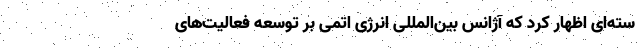
سته‌ای اظهار کرد که آژانس بین‌المللی انرژی اتمی بر توسعه فعالیت‌های